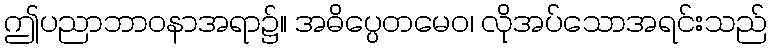
ဤပညာဘာဝနာအရာ၌။ အဓိပ္ပေတမေဝ၊ လိုအပ်သောအရင်းသည်